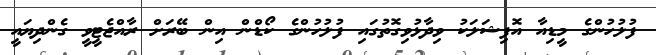
ފުލުހުންގެ މީޑިއާ އޮފިޝަލަކު ވިދާޅުވިގޮތުގައި ފުލުހުންގެ ކޯޑްން އިން ބޭރަށް ރާއްޖެޓީވީ ގެންދިޔައީ